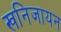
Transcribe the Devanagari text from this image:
खनिजायन